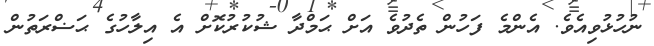
ނުހުޅުވިއެވެ. އެންމެ ފަހުން ތެދުވެ އަށް ޙަމްދާ ޝުކުރުކޮށް އެ އިލާހުގެ ޙަޟްރަތުން